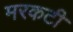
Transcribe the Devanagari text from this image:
मरकटी